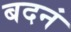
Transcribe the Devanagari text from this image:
बदनं